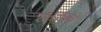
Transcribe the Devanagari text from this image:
रक्षकाचे